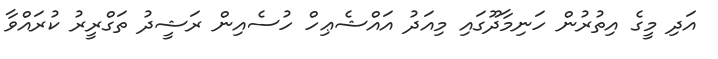
އަދި މީގެ އިތުރުން ހަނިމާދޫގައި މިއަދު އައްޝެޢިހް ހުސެއިން ރަޝީދު ތަގްރީރު ކުރައްވާ